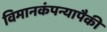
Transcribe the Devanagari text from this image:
विमानकंपन्यापैकी